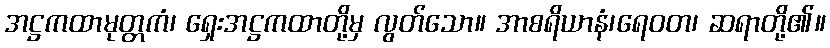
အဋ္ဌကထာမုတ္တကံ၊ ရှေးအဋ္ဌကထာတို့မှ လွတ်သော။ အာစရိယာနံ၊ရေဝတ၊ ဆရာတို့၏။